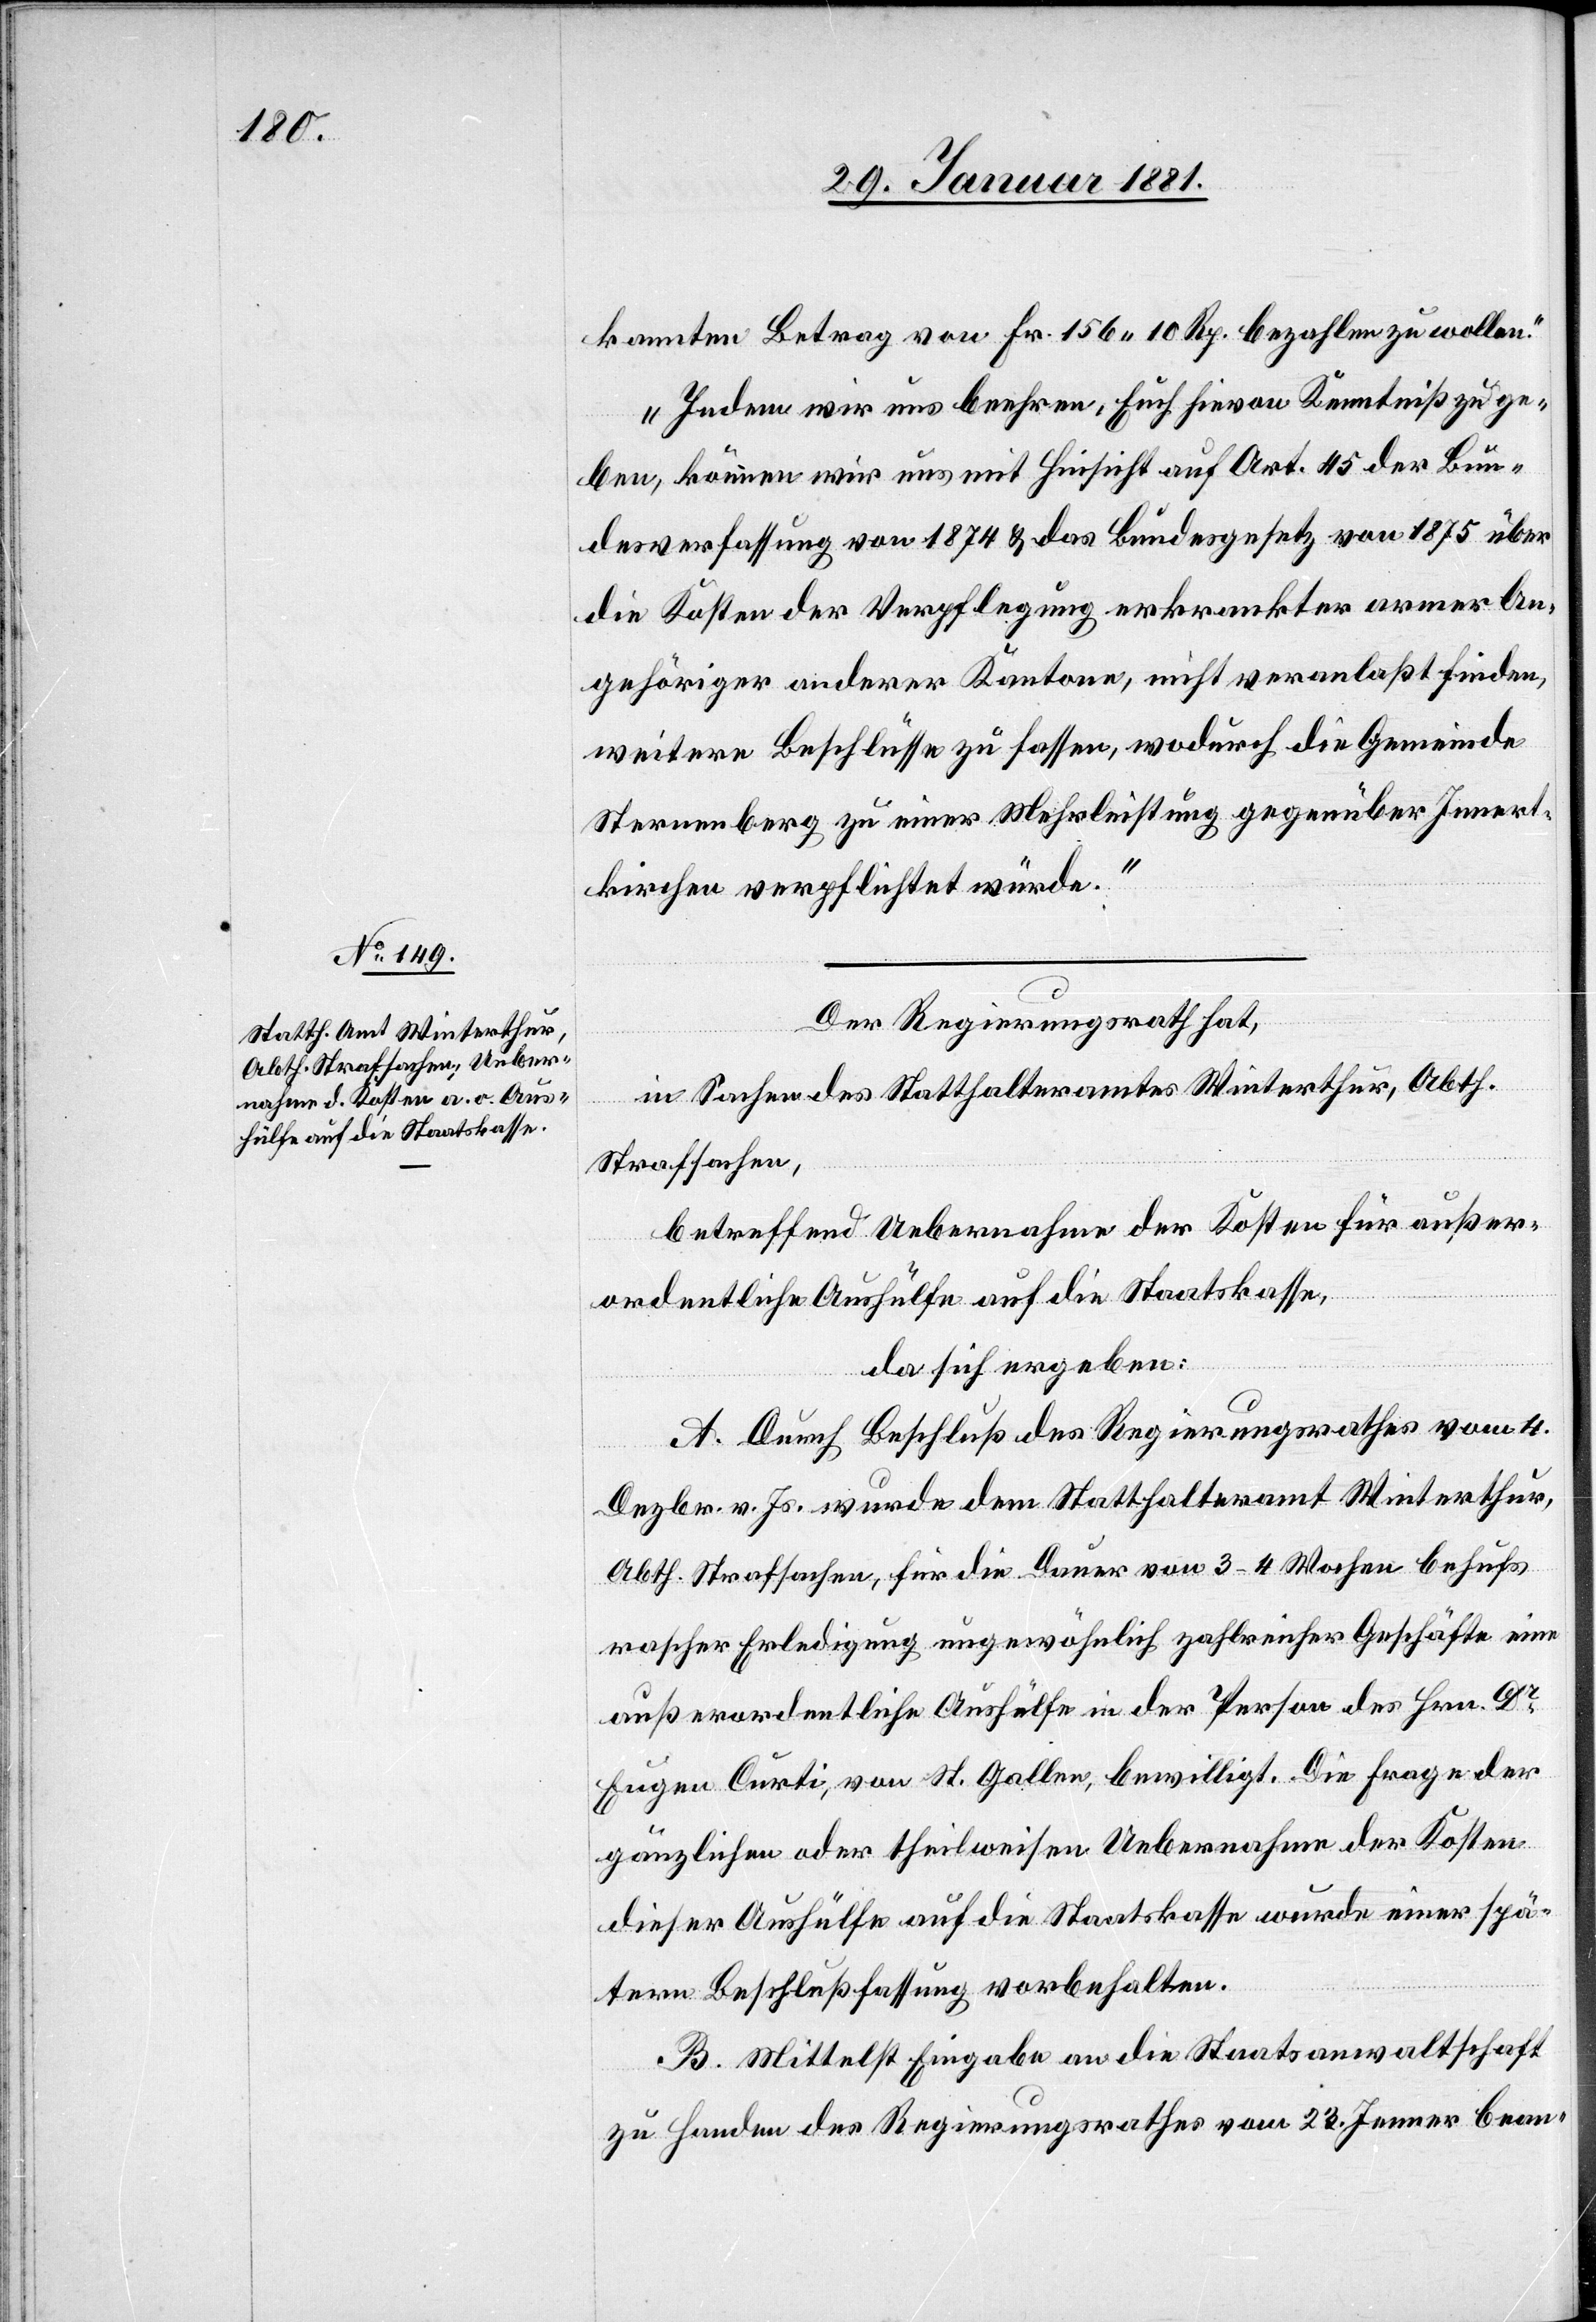
kannten Betrag von Fr. 156 10 Rp. bezahlen zu wollen.“
„Indem wir uns beehren, Euch hievon Kenntniß zu ge¬
ben, können wir uns mit Hinsicht auf Art. 45 der Bun¬
desverfassung von 1874 & das Bundesgesetz von 1875 über
die Kosten der Verpflegung erkrankter armer An¬
gehöriger anderer Kantone, nicht veranlaßt finden,
weitere Beschlüsse zu fassen, wodurch die Gemeinde
Sternenberg zu einer Mehrleistung gegenüber Innert¬
kirchen verpflichtet würde.“
Der Regierungsrath hat,
in Sachen des Statthalteramtes Winterthur, Abth.
Strafsachen,
betreffend Uebernahme der Kosten für außer¬
ordentliche Aushülfe auf die Staatskasse,
da sich ergeben:
A. Durch Beschluß des Regierungsrathes vom 4.
Dezbr. v. Js. wurde dem Statthalteramt Winterthur,
Abth. Strafsachen, für die Dauer von 3–4 Wochen behufs
rascher Erledigung ungewöhnlich zahlreicher Geschäfte eine
außerordentliche Aushülfe in der Person des Hrn. Dr
Eugen Curti, von St. Gallen, bewilligt. Die Frage der
gänzlichen oder theilweisen Uebernahme der Kosten
dieser Aushülfe auf die Staatskasse wurde einer spä¬
tern Beschlußfassung vorbehalten.
B. Mittelst Eingabe an die Staatsanwaltschaft
zu Handen des Regierungsrathes vom 23. Jenner bean-